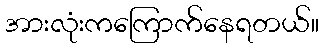
အားလုံးကကြောက်နေရတယ်။